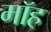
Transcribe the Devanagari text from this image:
मॉह